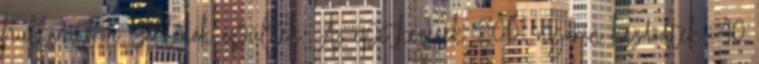
hullámtörőn szállodák épültek. Az építkezések 2001 nyarán kezdődtek, 40